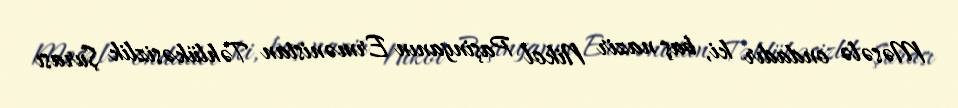
Məsələ ondadır ki, baş nazir Nikol Paşinyanın Ermənistan Təhlükəsizlik Şurası